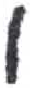
אות: ו